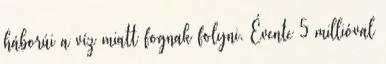
háborúi a víz miatt fognak folyni. Évente 5 millióval